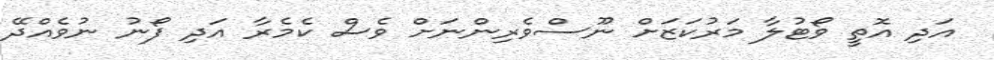
އަދި އޮތީ ވޯޓުލާ މަރުކަޒަށް ނޫސްވެރިންނަށް ވެސް ކެމެރާ އަދި ފޯނު ނުވެއްދޭ